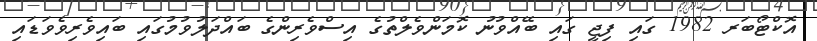
އޮކްޓޯބަރ 1982 ގައި ފިޖީ ގައި ބޭއްވުނު ކޮމަންވެލްތުގެ އިސްވެރިންގެ ބައްދަލުވުމުގައި ބައިވެރިވެވަޑައި